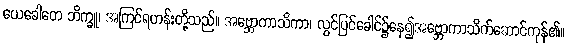
ယေခေါတေ ဘိက္ခူ၊ အကြင်ရဟန်းတို့သည်။ အဗ္ဘောကာသိကာ၊ လွင်ပြင်ခေါင်၌နေ၍အဗ္ဘောကာသိက်ဆောင်ကုန်၏။